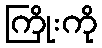
ကြိုးကို